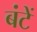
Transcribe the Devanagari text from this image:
बंटें